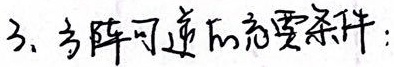
3. 方阵可逆的充要条件：